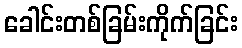
ခေါင်းတစ်ခြမ်းကိုက်ခြင်း